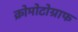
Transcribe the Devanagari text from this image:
क्रोमोटोग्राफ